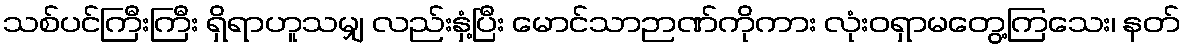
သစ်ပင်ကြီးကြီး ရှိရာဟူသမျှ လည်းနှံ့ပြီး မောင်သာဉာဏ်ကိုကား လုံးဝရှာမတွေ့ကြသေး၊ နတ်